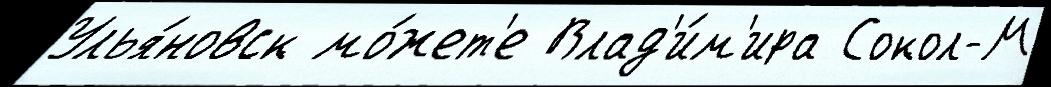
Улья́новск мо́жет'е Влад'и́м'ира Сокол-М